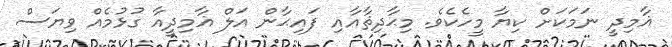
ޣާމިދީ ނަމަކަށް ކިޔާ މީހެކެވެ. މިޙާދިޘާއާއި ފައިޙާން އަލް ޣާމިދީއާ ގުޅުމެއް ވިޔަސް